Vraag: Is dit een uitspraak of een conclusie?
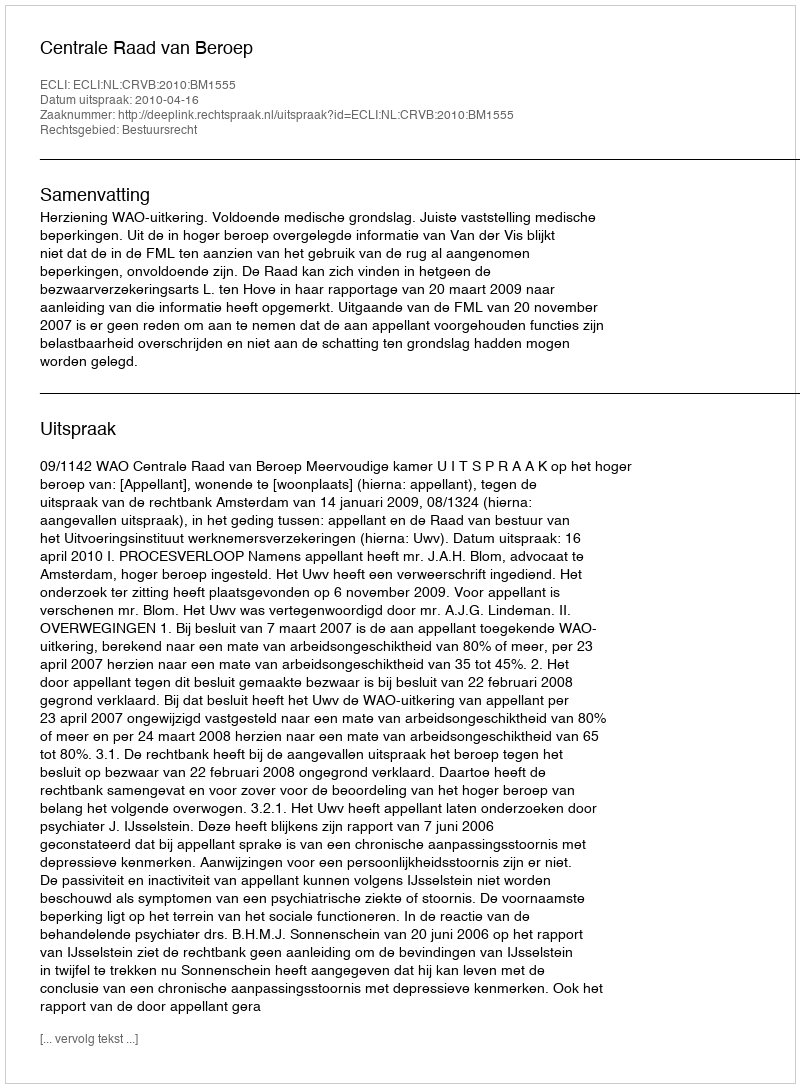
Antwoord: Uitspraak